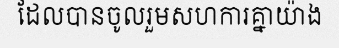
ដែលបានចូលរួមសហការគ្នាយ៉ាង